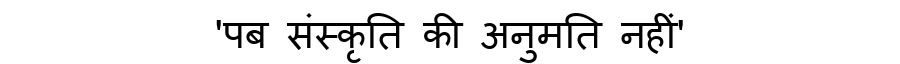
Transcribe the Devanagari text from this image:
'पब संस्कृति की अनुमति नहीं'